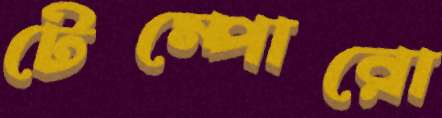
টেম্পোরো